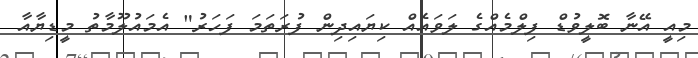
މިއީ އޭނާ ބޮލީވުޑް ފިލްމެއްގެ ލަވައެއް ކިޔައިދިން ފުރަތަމަ ފަހަރު" އެމައުލޫމާތު މީޑިޔާއާ